Lock hospitals Punjab
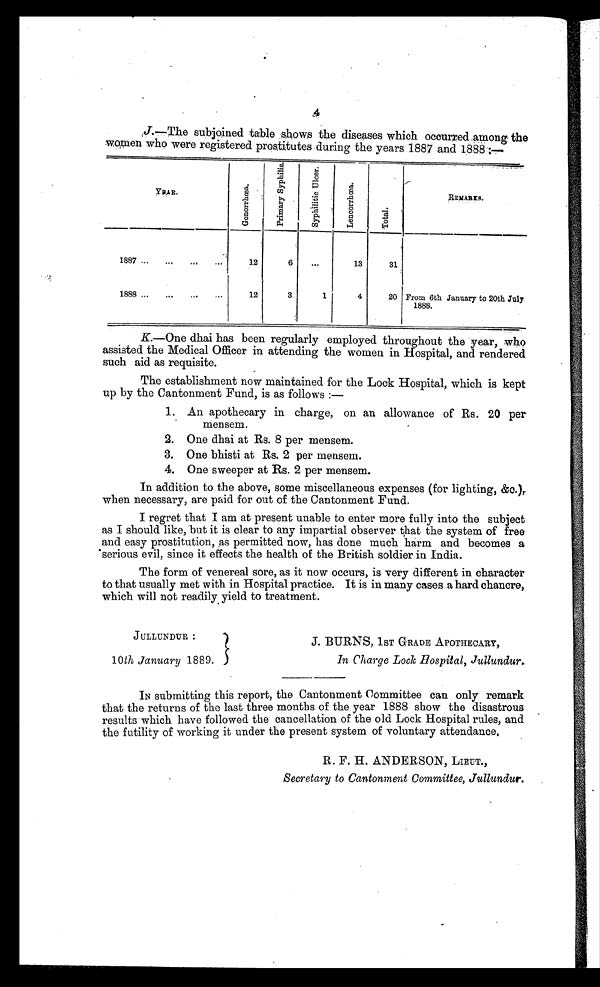
J.—The subjoined table shows the diseases which occurred .among the
women who were registered prostitutes during the years 1887 and 1888
Y E A R .
G o n o r r h œ a .
P r i m a r y S y p h i l i s . S y p h i l i t i c U l c e r .
L e n c o r r h œ a .
T o t a l .
REMRKS.
1887 ...
...
...
. . .
12
6
...
13
31
1888 ...
...
...
...
12
3
1
4
20 From 6th January to 20th July
1888.
K.—One dhai has been regularly employed throughout the year, who
assisted the Medical Officer in attending the women in Hospital, and rendered
such aid as requisite.
The establishment now maintained for the Lock Hospital, which is kept
up by the Cantonment Fund, is as follows :—
1. An apothecary in charge, on an allowance of Rs. 20 per
mensem.
2. One dhai at Rs. 8 per mensem.
3. One bhisti at Rs. 2 per mensem.
4. One sweeper at Rs. 2 per mensem.
In addition to the above, some miscellaneous expenses (for lighting, Sze.),
when necessary, are paid for out of the Cantonment Fund.
I regret that I am at present unable to enter more fully into the subject
as I should like, but it is clear to any impartial observer that the system of free
and easy prostitution, as permitted now, has done much ' harm and becomes a
'serious evil, since it effects the health of the British soldier in India.
The form of venereal sore, as it now occurs, is very different in character
to that usually met with in Hospital practice. It is in many cases a hard chancre,
which will not readily yield to treatment.
JULLUNDUR :
10th January 1889.
J. BURNS, 1ST GRADE APOTHECARY,
In Charge Lock Hospital, Jullundur.
IN submitting this report, the Cantonment Committee can only remark
that the returns of the last three months of the year 1888 show the disastrous
results which have followed the cancellation of the old Lock Hospital rules, and
the futility of working it under the present system of voluntary attendance.
R. F. H. ANDERSON, LIEUT.,
Secretary to Cantonment Committee, Jullundur.